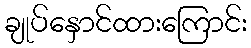
ချုပ်နှောင်ထားကြောင်း